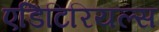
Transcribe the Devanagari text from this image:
एडिटिरियल्स